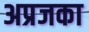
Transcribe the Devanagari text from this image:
अप्रजका